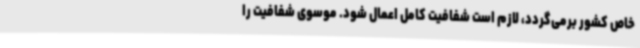
خاص کشور برمی‌گردد، لازم است شفافیت کامل اعمال شود. موسوی شفافیت را